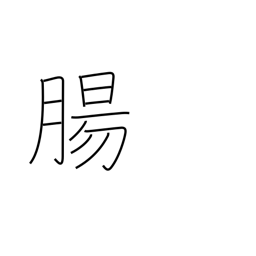
Meaning: intestines